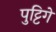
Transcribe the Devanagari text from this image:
पुट्टिगे